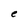
Character: e